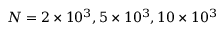
N = 2 \times 1 0 ^ { 3 } , 5 \times 1 0 ^ { 3 } , 1 0 \times 1 0 ^ { 3 }